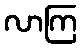
လာကြ